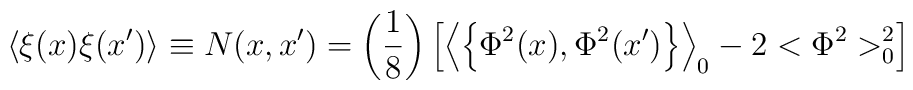
\left\langle \xi(x)\xi(x^{\prime })\right\rangle \equiv N(x,x^{\prime})=\left( \frac 18\right) \left[ \left\langle \left\{ \Phi ^2(x),\Phi^2(x^{\prime })\right\} \right\rangle _0-2<\Phi ^2>_0^2\right]